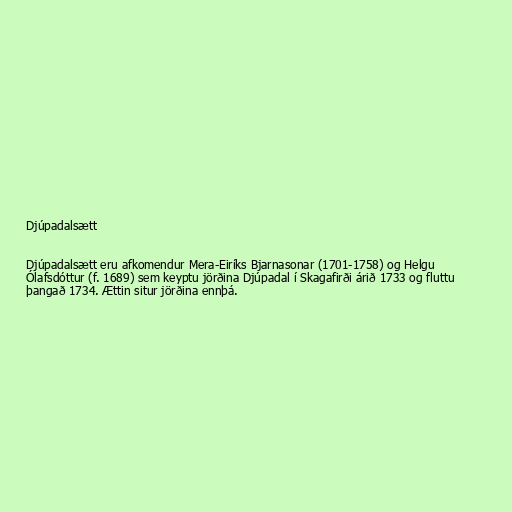
Djúpadalsætt

Djúpadalsætt eru afkomendur Mera-Eiríks Bjarnasonar (1701-1758) og Helgu
Ólafsdóttur (f. 1689) sem keyptu jörðina Djúpadal í Skagafirði árið 1733 og fluttu
þangað 1734. Ættin situr jörðina ennþá.